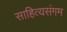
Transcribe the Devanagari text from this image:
साहित्यसंगम